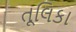
તૂલિકા